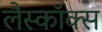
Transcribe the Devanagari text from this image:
लैस्कॉक्स